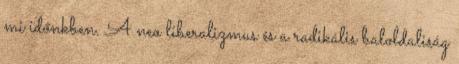
mi időnkben. A neo liberalizmus és a radikális baloldaliság